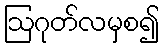
ဩဂုတ်လမှစ၍